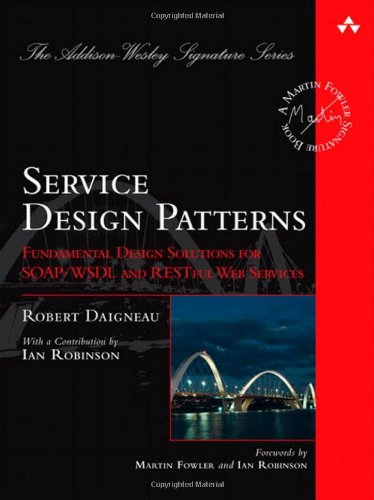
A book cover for Service Design Patterns: Fundamental Design Solutions for SOAP/WSDL and RESTful Web Services; Robert Daigneau; Computers & Technology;